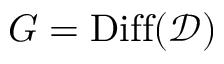
G = \mathrm { D i f f } ( \mathcal { D } )